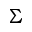
\Sigma